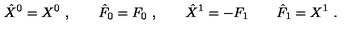
\hat { X } ^ { 0 } = X ^ { 0 } \ , \qquad \hat { F } _ { 0 } = F _ { 0 } \ , \qquad \hat { X } ^ { 1 } = - F _ { 1 } \qquad \hat { F } _ { 1 } = X ^ { 1 } \ .